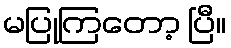
မပြုကြတော့ ပြီ။